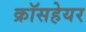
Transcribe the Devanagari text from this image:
क्रॉसहेयर